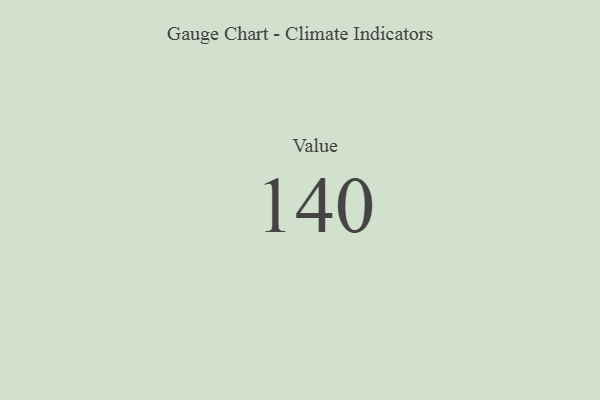
{"axis": {"x": "Metric", "y": "Value"}, "legend": [""], "data": [{"x": "Value", "y": 140, "type": ""}]}